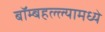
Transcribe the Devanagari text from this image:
बॉम्बहल्ल्यामध्ये